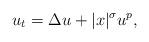
LaTeX: \begin{align*}u_t=\Delta u+|x|^{\sigma}u^p,\end{align*}